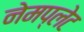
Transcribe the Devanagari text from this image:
नेमप्‍लेट